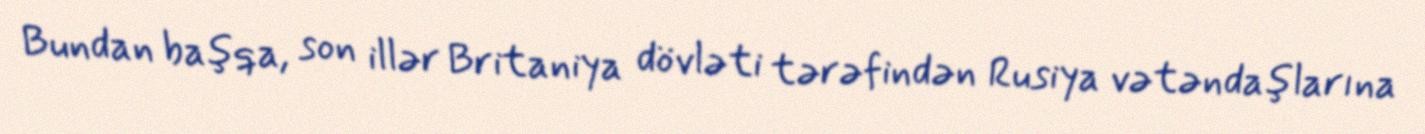
Bundan başqa, son illər Britaniya dövləti tərəfindən Rusiya vətəndaşlarına